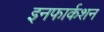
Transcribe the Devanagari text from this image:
इनफार्कशन